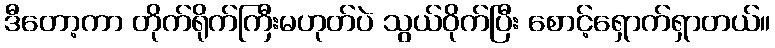
ဒီတော့ကာ တိုက်ရိုက်ကြီးမဟုတ်ပဲ သွယ်ဝိုက်ပြီး စောင့်ရှောက်ရှာတယ်။